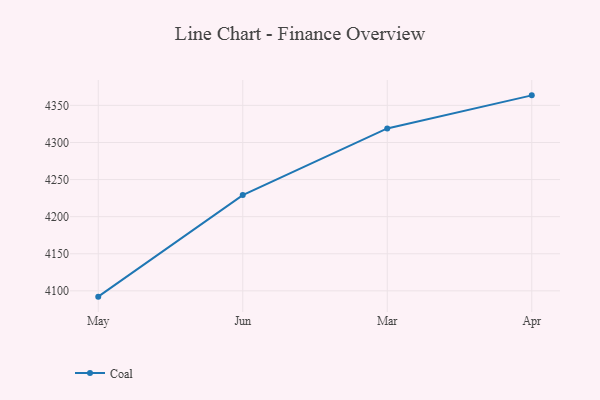
{"axis": {"x": "Month", "y": "LTV (USD)"}, "legend": ["Coal"], "data": [{"x": "May", "y": 4092.2, "type": "Coal"}, {"x": "Jun", "y": 4229.1, "type": "Coal"}, {"x": "Mar", "y": 4318.9, "type": "Coal"}, {"x": "Apr", "y": 4363.5, "type": "Coal"}]}